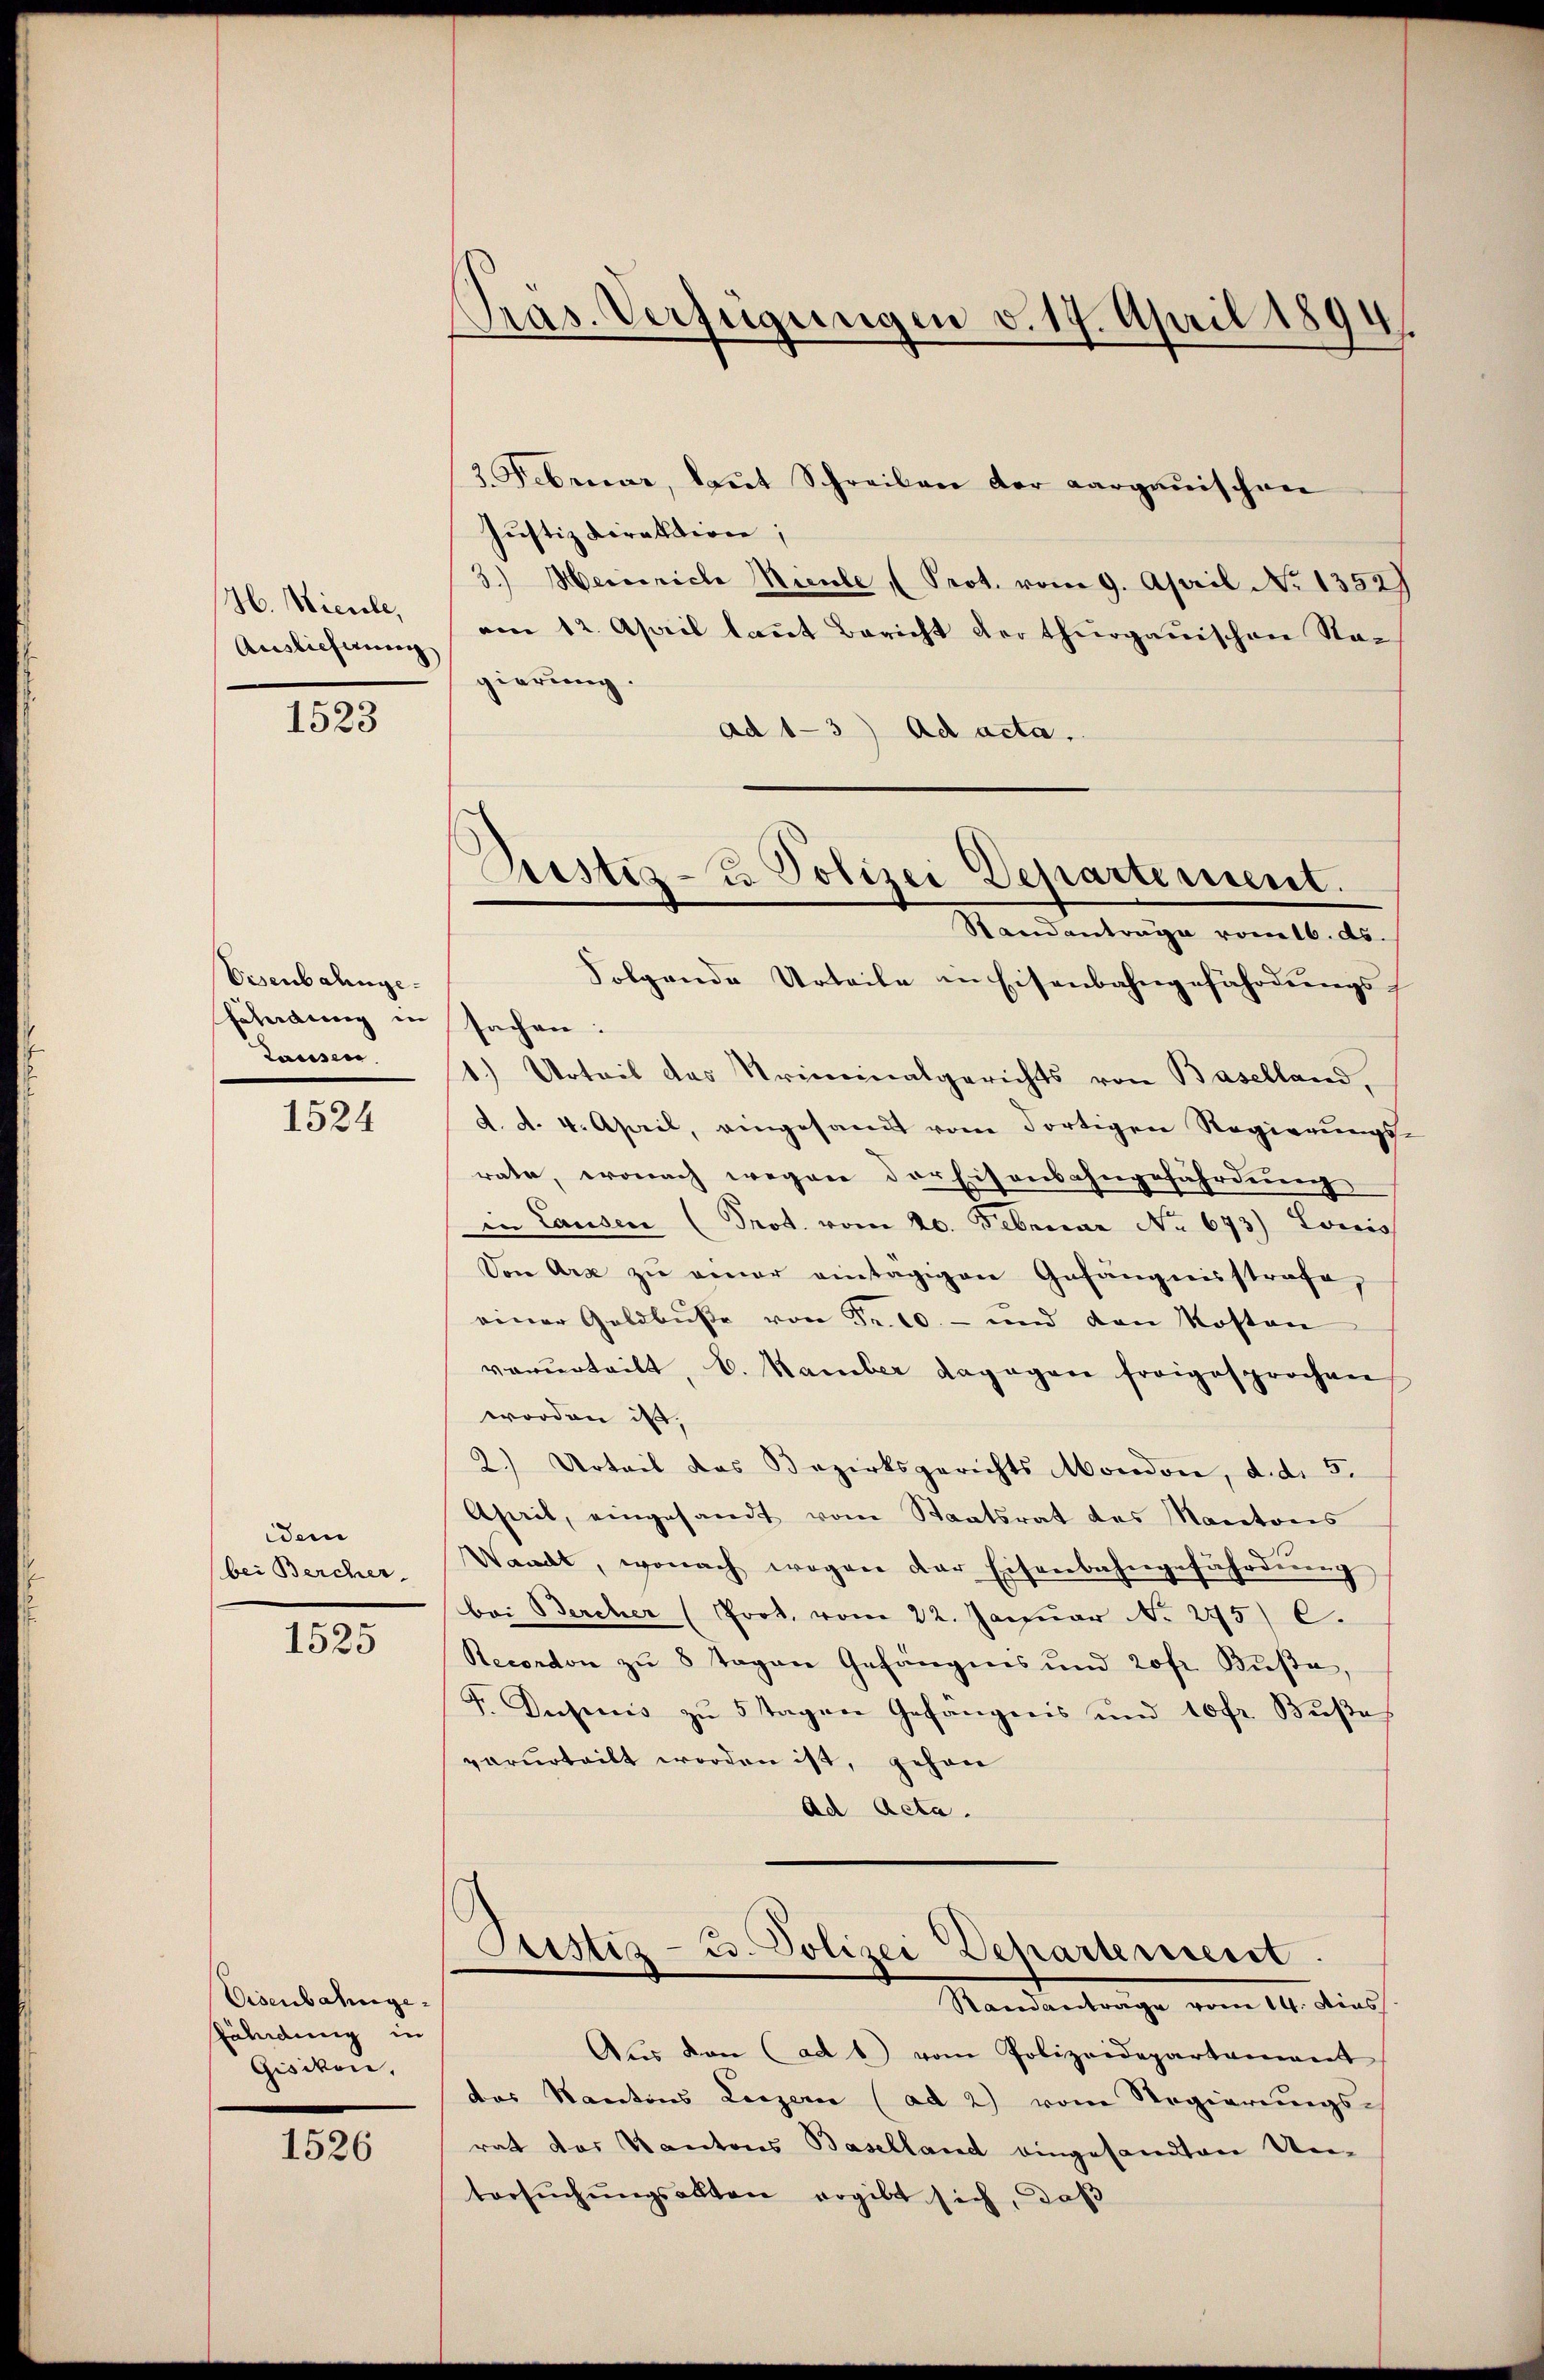
H. Niciele,
Ausliehnung,

1523

Visenbahnge.
fchang in
Lausen

1524

iein
(bei Bercher.

1525

Eisenbahnge¬
Fähndung in
Gisikon,

1526

Pras. Verfügungen v. 19. April 1894.
3. Februar, laut Schreiben der aargauischen

Justizdirektion;
3.) Heideriche Mieule (Prot. vom 9. April No 1352)
am 12. April laut Bericht der Thurgauischen Stagierung.
ad 1-3) ad acta.
Folgende Urteile in Eisenbahngefährdungs-
sachen:
1.) Urteil das Kriminalgerichts von Baselland,
d. d. 4. April, eingesandt von dortigen Regierungs-
rate, wonach wegen der Eisenbahngefährdung
in Landen (Prot. vom 20. Februar No. 673) Louis
Von Arx zu einer eintägigen Gefängnisstrafe,
einer Geldbusse von Fr. 10. - und den Kosten
vorurteilt, E. Hamber dagegen freigesprochen
worden ist,
2.) Urteil das Bezirksgerichts Mondon, d. d. 5.
Aperit, eingesandt vom Staatsrat des Manatoris
Waadt, wonach wegen der Eisenbahngefährdŭng
bei Bercher (Prot. vom 22. Januar N. 275) C.
Recondon zu 8 Tagen Gefängnis und 20fr. Buße,
F. Diesercis zŭ 5 Tagen Gefängnis und 10 fr. Bŭβe
verurteilt worden ist, gehen
Ad Acta.
Justiz- u. Polizei Departement
Standantrage vom 14. dies
Aus von (ad b) vom Polizeidepartament
das Kantons Luzern (ad 2) vom Regierungs-
rat das Kantons Baselland eingesandten Untersŭchŭngsakten ergibt sich, daß

Justiz- u. Polizei Departement.
Standantrage vom 16. ds.